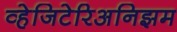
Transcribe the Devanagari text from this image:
व्हेजिटेरिअनिझम